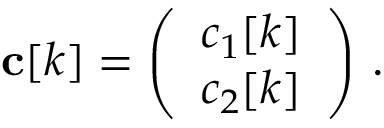
\mathbf { c } [ k ] = \left( \begin{array} { l } { c _ { 1 } [ k ] } \\ { c _ { 2 } [ k ] } \end{array} \right) \, . \